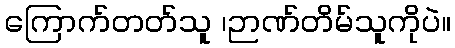
ကြောက်တတ်သူ ၊ဉာဏ်တိမ်သူကိုပဲ။